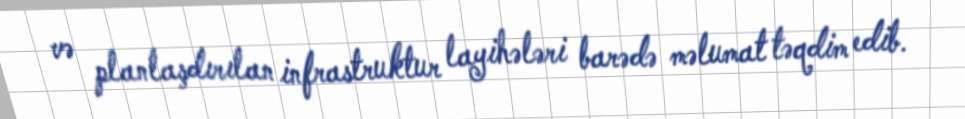
və planlaşdırılan infrastruktur layihələri barədə məlumat təqdim edib.